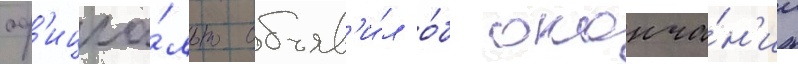
оф'ициа́льно объяв'и́л о́б оконча́н'ии